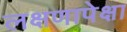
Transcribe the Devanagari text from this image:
लक्षणापेक्षा